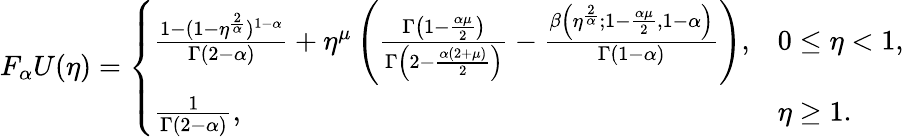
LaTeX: F_{\alpha}U(\eta)=\left\{ \begin{array}{ll}{\frac{1-(1-\eta^{\frac{2}{\alpha}})^{1-\alpha}}{\Gamma(2-\alpha)}+\eta^{\mu}\left(\frac{\Gamma\left(1-\frac{\alpha\mu}{2}\right)}{\Gamma\left(2-\frac{\alpha(2+\mu)}{2}\right)}-\frac{\beta\left(\eta^{\frac{2}{\alpha}};1-\frac{\alpha\mu}{2},1-\alpha\right)}{\Gamma(1-\alpha)}\right),}&{0\leq\eta<1,}\\ {\frac{1}{\Gamma(2-\alpha)},}&{\eta\geq 1.}\end{array}\right.